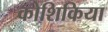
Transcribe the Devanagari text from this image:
कोशिकिया